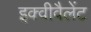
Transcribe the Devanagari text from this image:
इक्वीवैलेंट